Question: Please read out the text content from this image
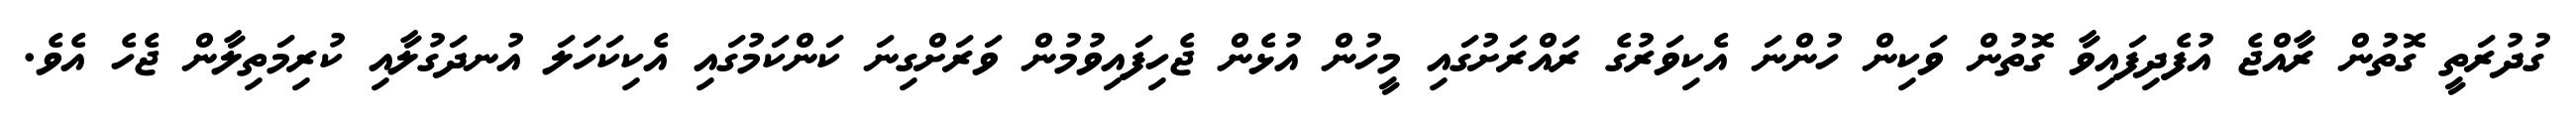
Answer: ގުދުރަތީ ގޮތުން ރާއްޖެ އުފެދިފައިވާ ގޮތުން ވަކިން ހުންނަ އެކިވަރުގެ ރައްރަށުގައި މީހުން އުޅެން ޖެހިފައިވުމުން ވަރަށްގިނަ ކަންކަމުގައި އެކިކަހަލަ އުނދަގުލާއި ކުރިމަތިލާން ޖެހެ އެވެ.